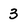
Character: 3